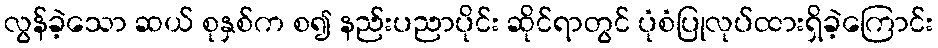
လွန်ခဲ့သော ဆယ် စုနှစ်က စ၍ နည်းပညာပိုင်း ဆိုင်ရာတွင် ပုံစံပြုလုပ်ထားရှိခဲ့ကြောင်း